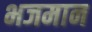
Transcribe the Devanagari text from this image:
भजमान